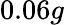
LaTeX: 0.06g